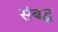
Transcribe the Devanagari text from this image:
संबद्घ